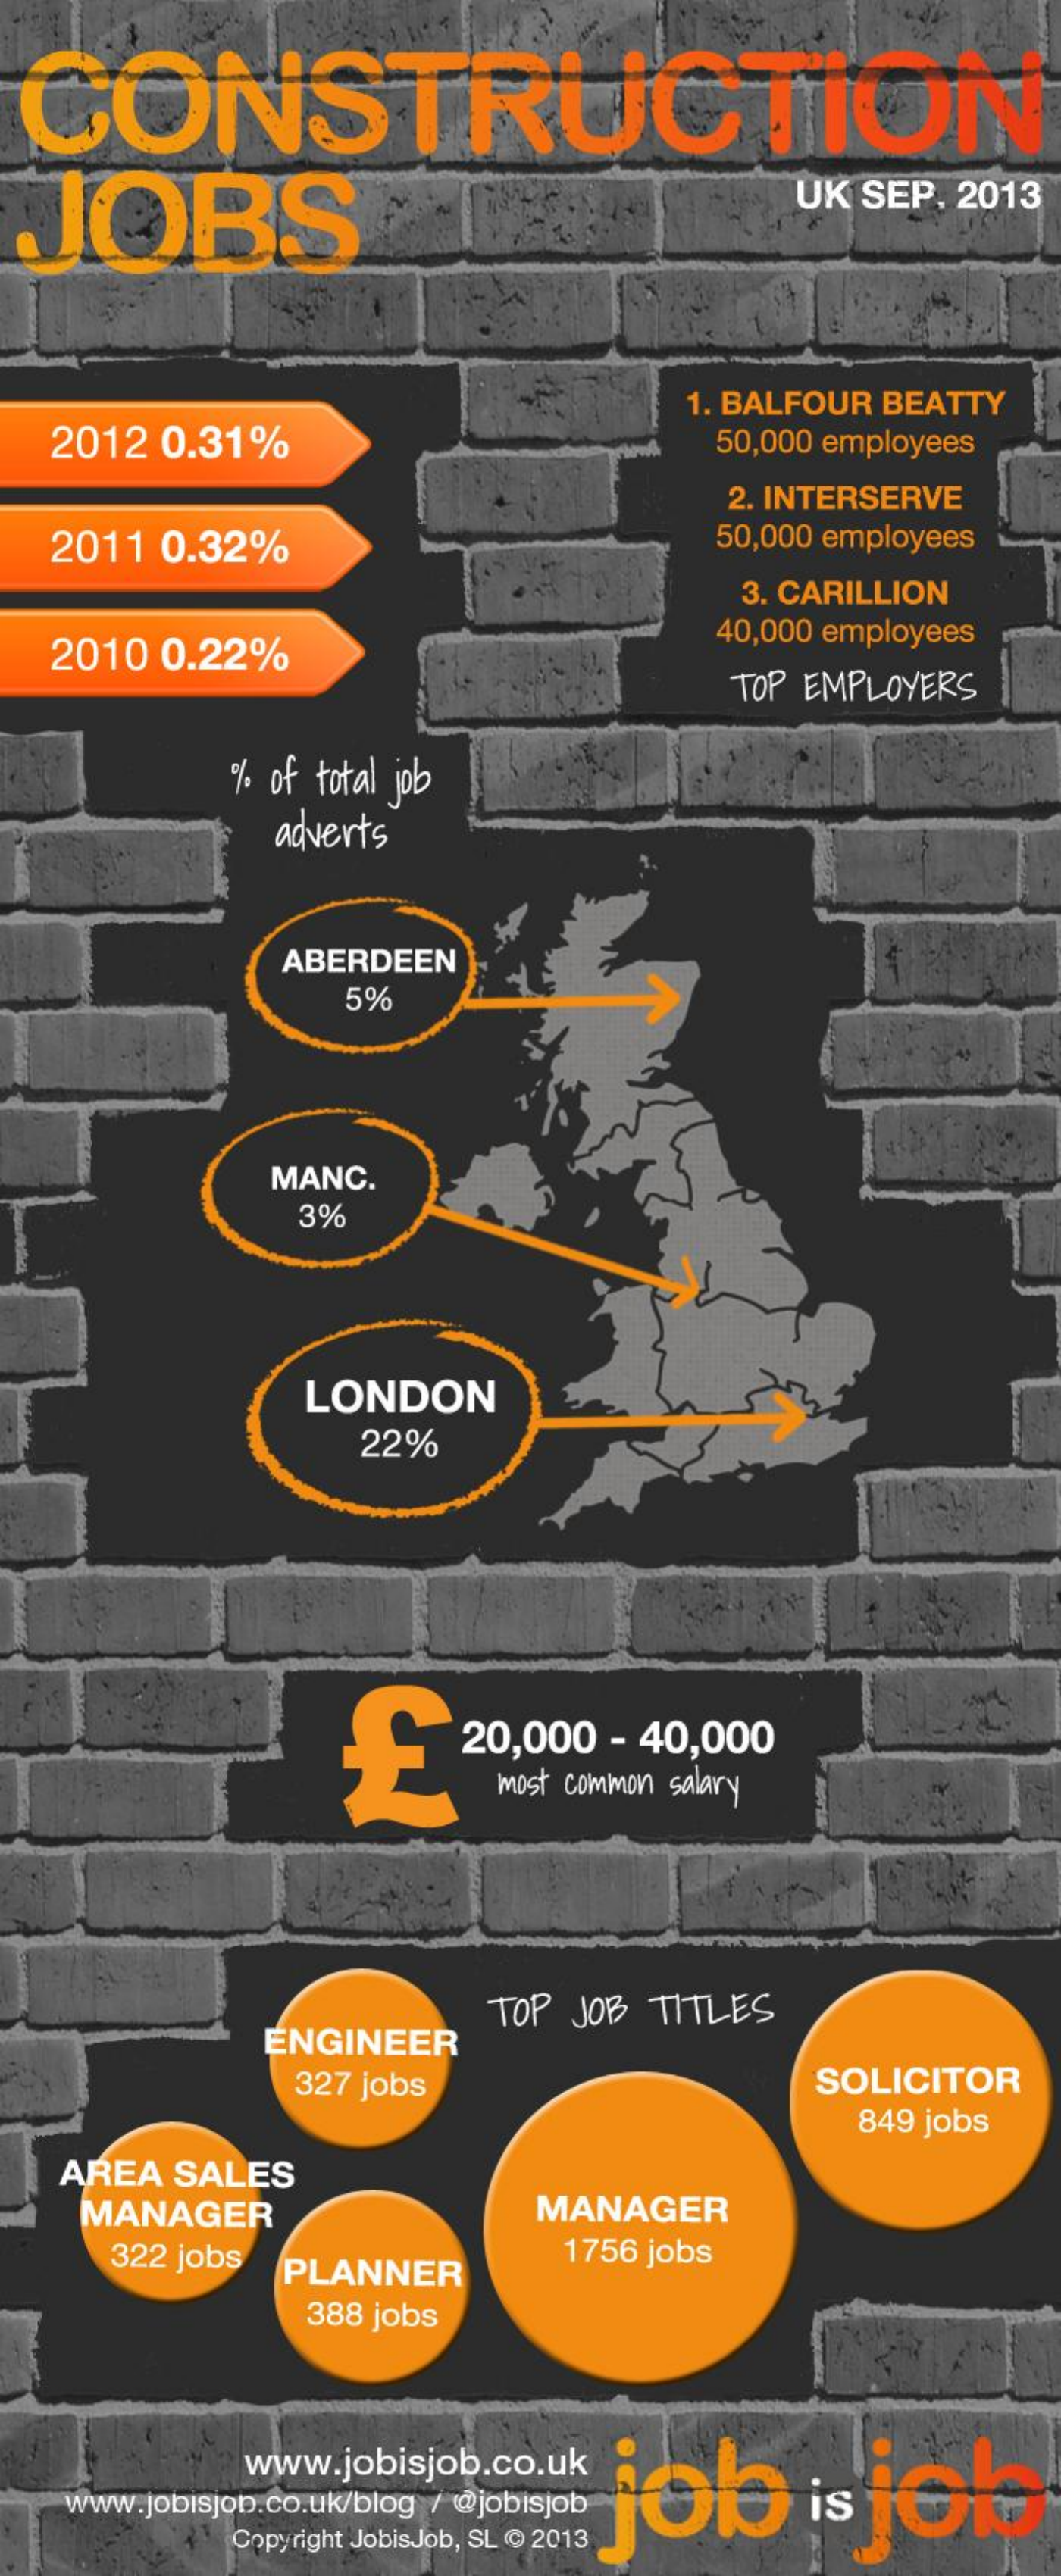
CONSTRUCTION
  JOBS
     UK SEP, 2013
     1. BALFOUR BEATTY
  2012 0.31%    50,000 employees
     2. INTERSERVE
  2011 0.32%    50,000 employees
     3. CARILLION
  2010 0.22%
     40,000 employees
     TOP EMPLOYERS
     %. of total job
     adverts
     ABERDEEN
     5%
     MANC.
     3%
     LONDON
     22%
     20,000 - 40,000
     most common salary
     ENGINEER
     TOP JOB TITLES
     327 jobs    SOLICITOR
     849 jobs
   AREA SALES
    MANAGER    MANAGER
     322 jobs PLANNER
     1756 jobs
     388 jobs
   www.jobisjob.co.uk/blog / @jobisposisjet
     www.jobisjob.co.uk
     Copyright JobisJob, SL @ 2013